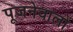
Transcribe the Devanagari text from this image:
पूजनेवालों